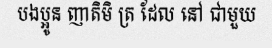
បងប្អូន ញាតិមិ ត្រ ដែល នៅ ជាមួយ